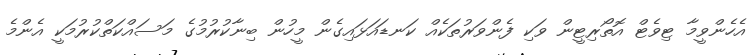
އެހެންވީމާ ޓިވެޓް އޮތޯރިޓީން ވަކި ފެންވަރުތަކެއް ކަނޑައަޅައިގެން މީހުން ބިނާކުރުމުގެ މަސައްކަތްކުރުމަކީ އެންމެ